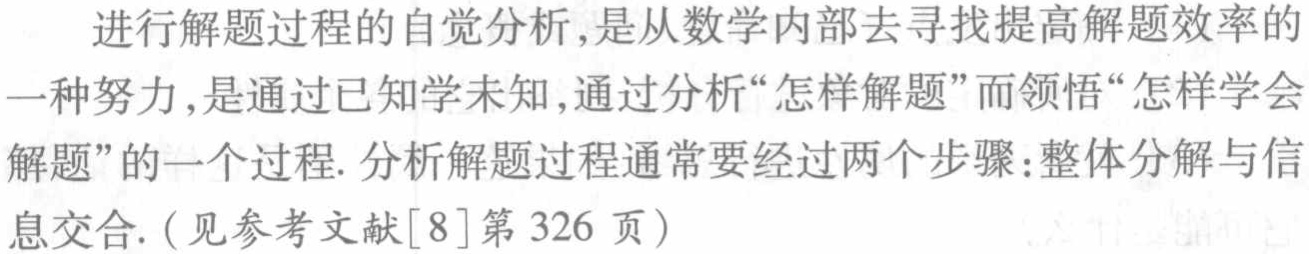
进行解题过程的自觉分析,是从数学内部去寻找提高解题效率的一种努力,是通过已知学未知,通过分析“怎样解题”而领悟“怎样学会解题”的一个过程. 分析解题过程通常要经过两个步骤:整体分解与信息交合.(见参考文献[8]第 326 页)